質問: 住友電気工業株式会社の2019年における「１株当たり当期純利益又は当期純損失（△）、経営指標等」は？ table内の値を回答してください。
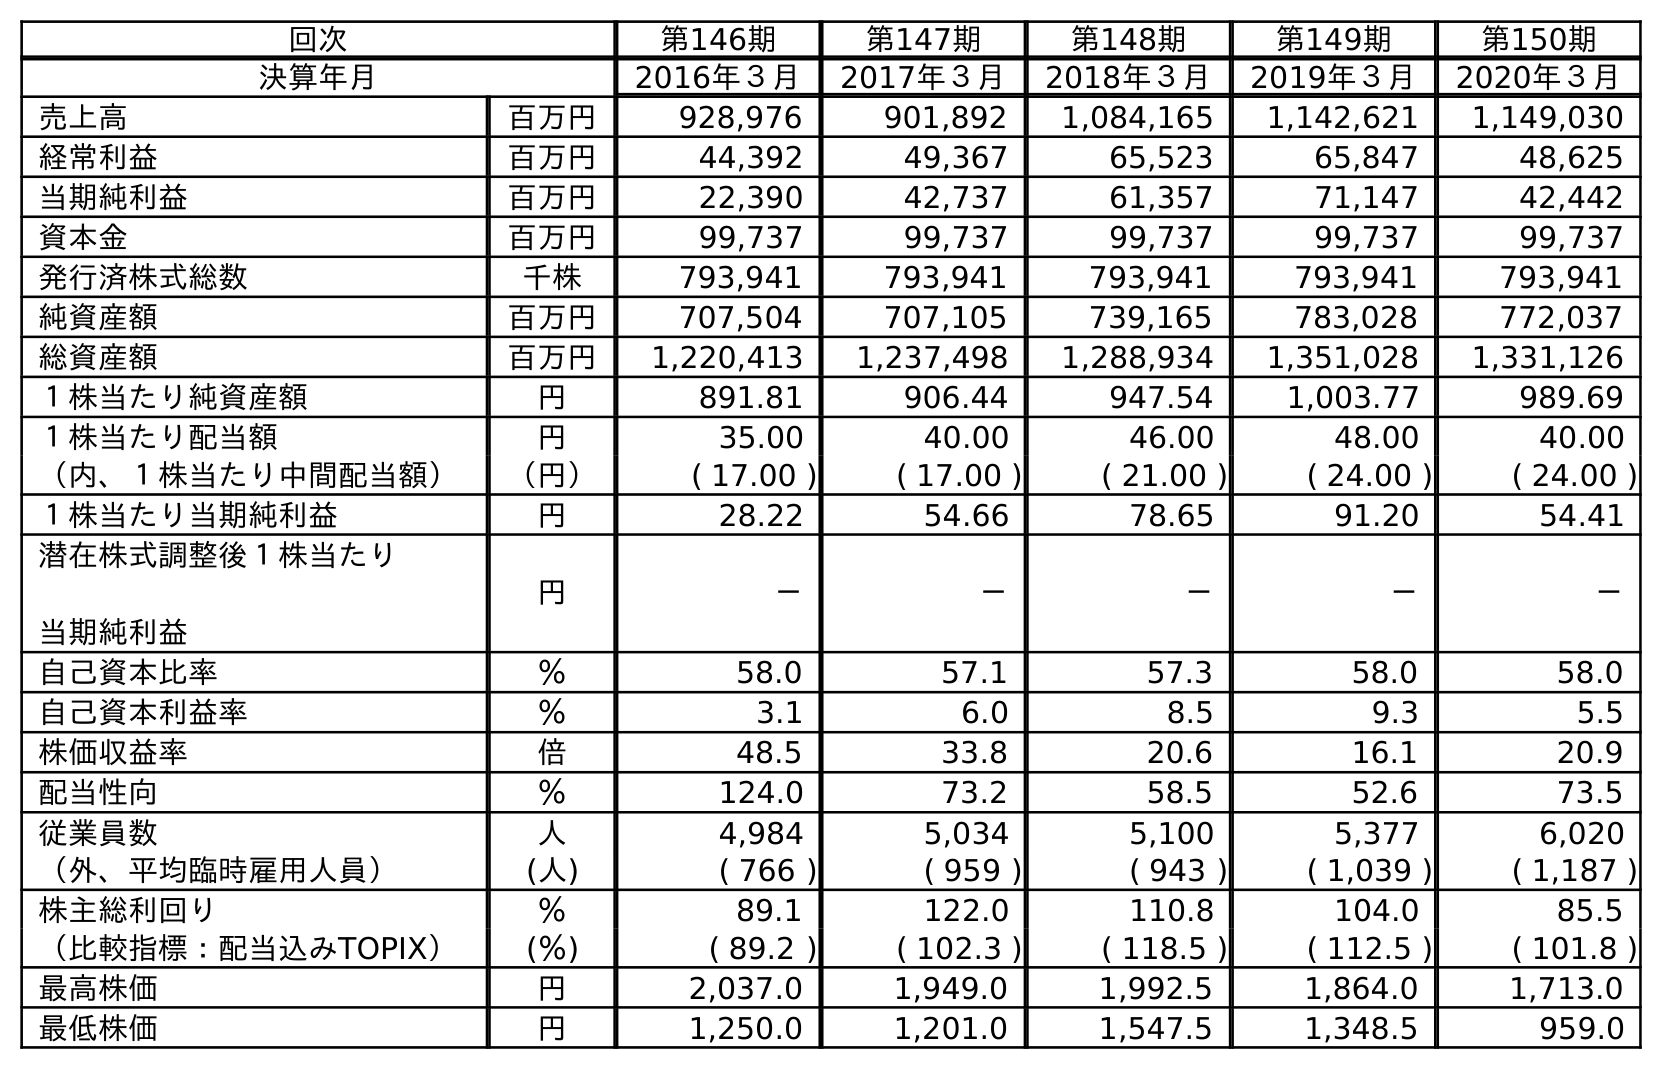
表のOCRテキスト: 回次 第146期 第147期 第148期 第149期 第150期 決算年月 2016年３月 2017年３月 2018年３月 2019年３月 2020年３月 売上高 百万円 928,976 901,892 1,084,165 1,142,621 1,149,030 経常利益 百万円 44,392 49,367 65,523 65,847 48,625 当期純利益 百万円 22,390 42,737 61,357 71,147 42,442 資本金 百万円 99,737 99,737 99,737 99,737 99,737 発行済株式総数 千株 793,941 793,941 793,941 793,941 793,941 純資産額 百万円 707,504 707,105 739,165 783,028 772,037 総資産額 百万円 1,220,413 1,237,498 1,288,934 1,351,028 1,331,126 １株当たり純資産額 円 891.81 906.44 947.54 1,003.77 989.69 １株当たり配当額 円 35.00 40.00 46.00 48.00 40.00 （内、１株当たり中間配当額） （円） ( 17.00 ) ( 17.00 ) ( 21.00 ) ( 24.00 ) ( 24.00 ) １株当たり当期純利益 円 28.22 54.66 78.65 91.20 54.41 潜在株式調整後１株当たり 当期純利益 円 － － － － － 自己資本比率 ％ 58.0 57.1 57.3 58.0 58.0 自己資本利益率 ％ 3.1 6.0 8.5 9.3 5.5 株価収益率 倍 48.5 33.8 20.6 16.1 20.9 配当性向 ％ 124.0 73.2 58.5 52.6 73.5 従業員数 人 4,984 5,034 5,100 5,377 6,020 （外、平均臨時雇用人員） (人) ( 766 ) ( 959 ) ( 943 ) ( 1,039 ) ( 1,187 ) 株主総利回り ％ 89.1 122.0 110.8 104.0 85.5 （比較指標：配当込みTOPIX） (％) ( 89.2 ) ( 102.3 ) ( 118.5 ) ( 112.5 ) ( 101.8 ) 最高株価 円 2,037.0 1,949.0 1,992.5 1,864.0 1,713.0 最低株価 円 1,250.0 1,201.0 1,547.5 1,348.5 959.0
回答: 91.20